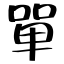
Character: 單